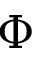
\Phi